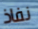
نفاذ